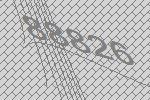
88826